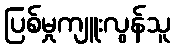
ပြစ်မှုကျူးလွန်သူ